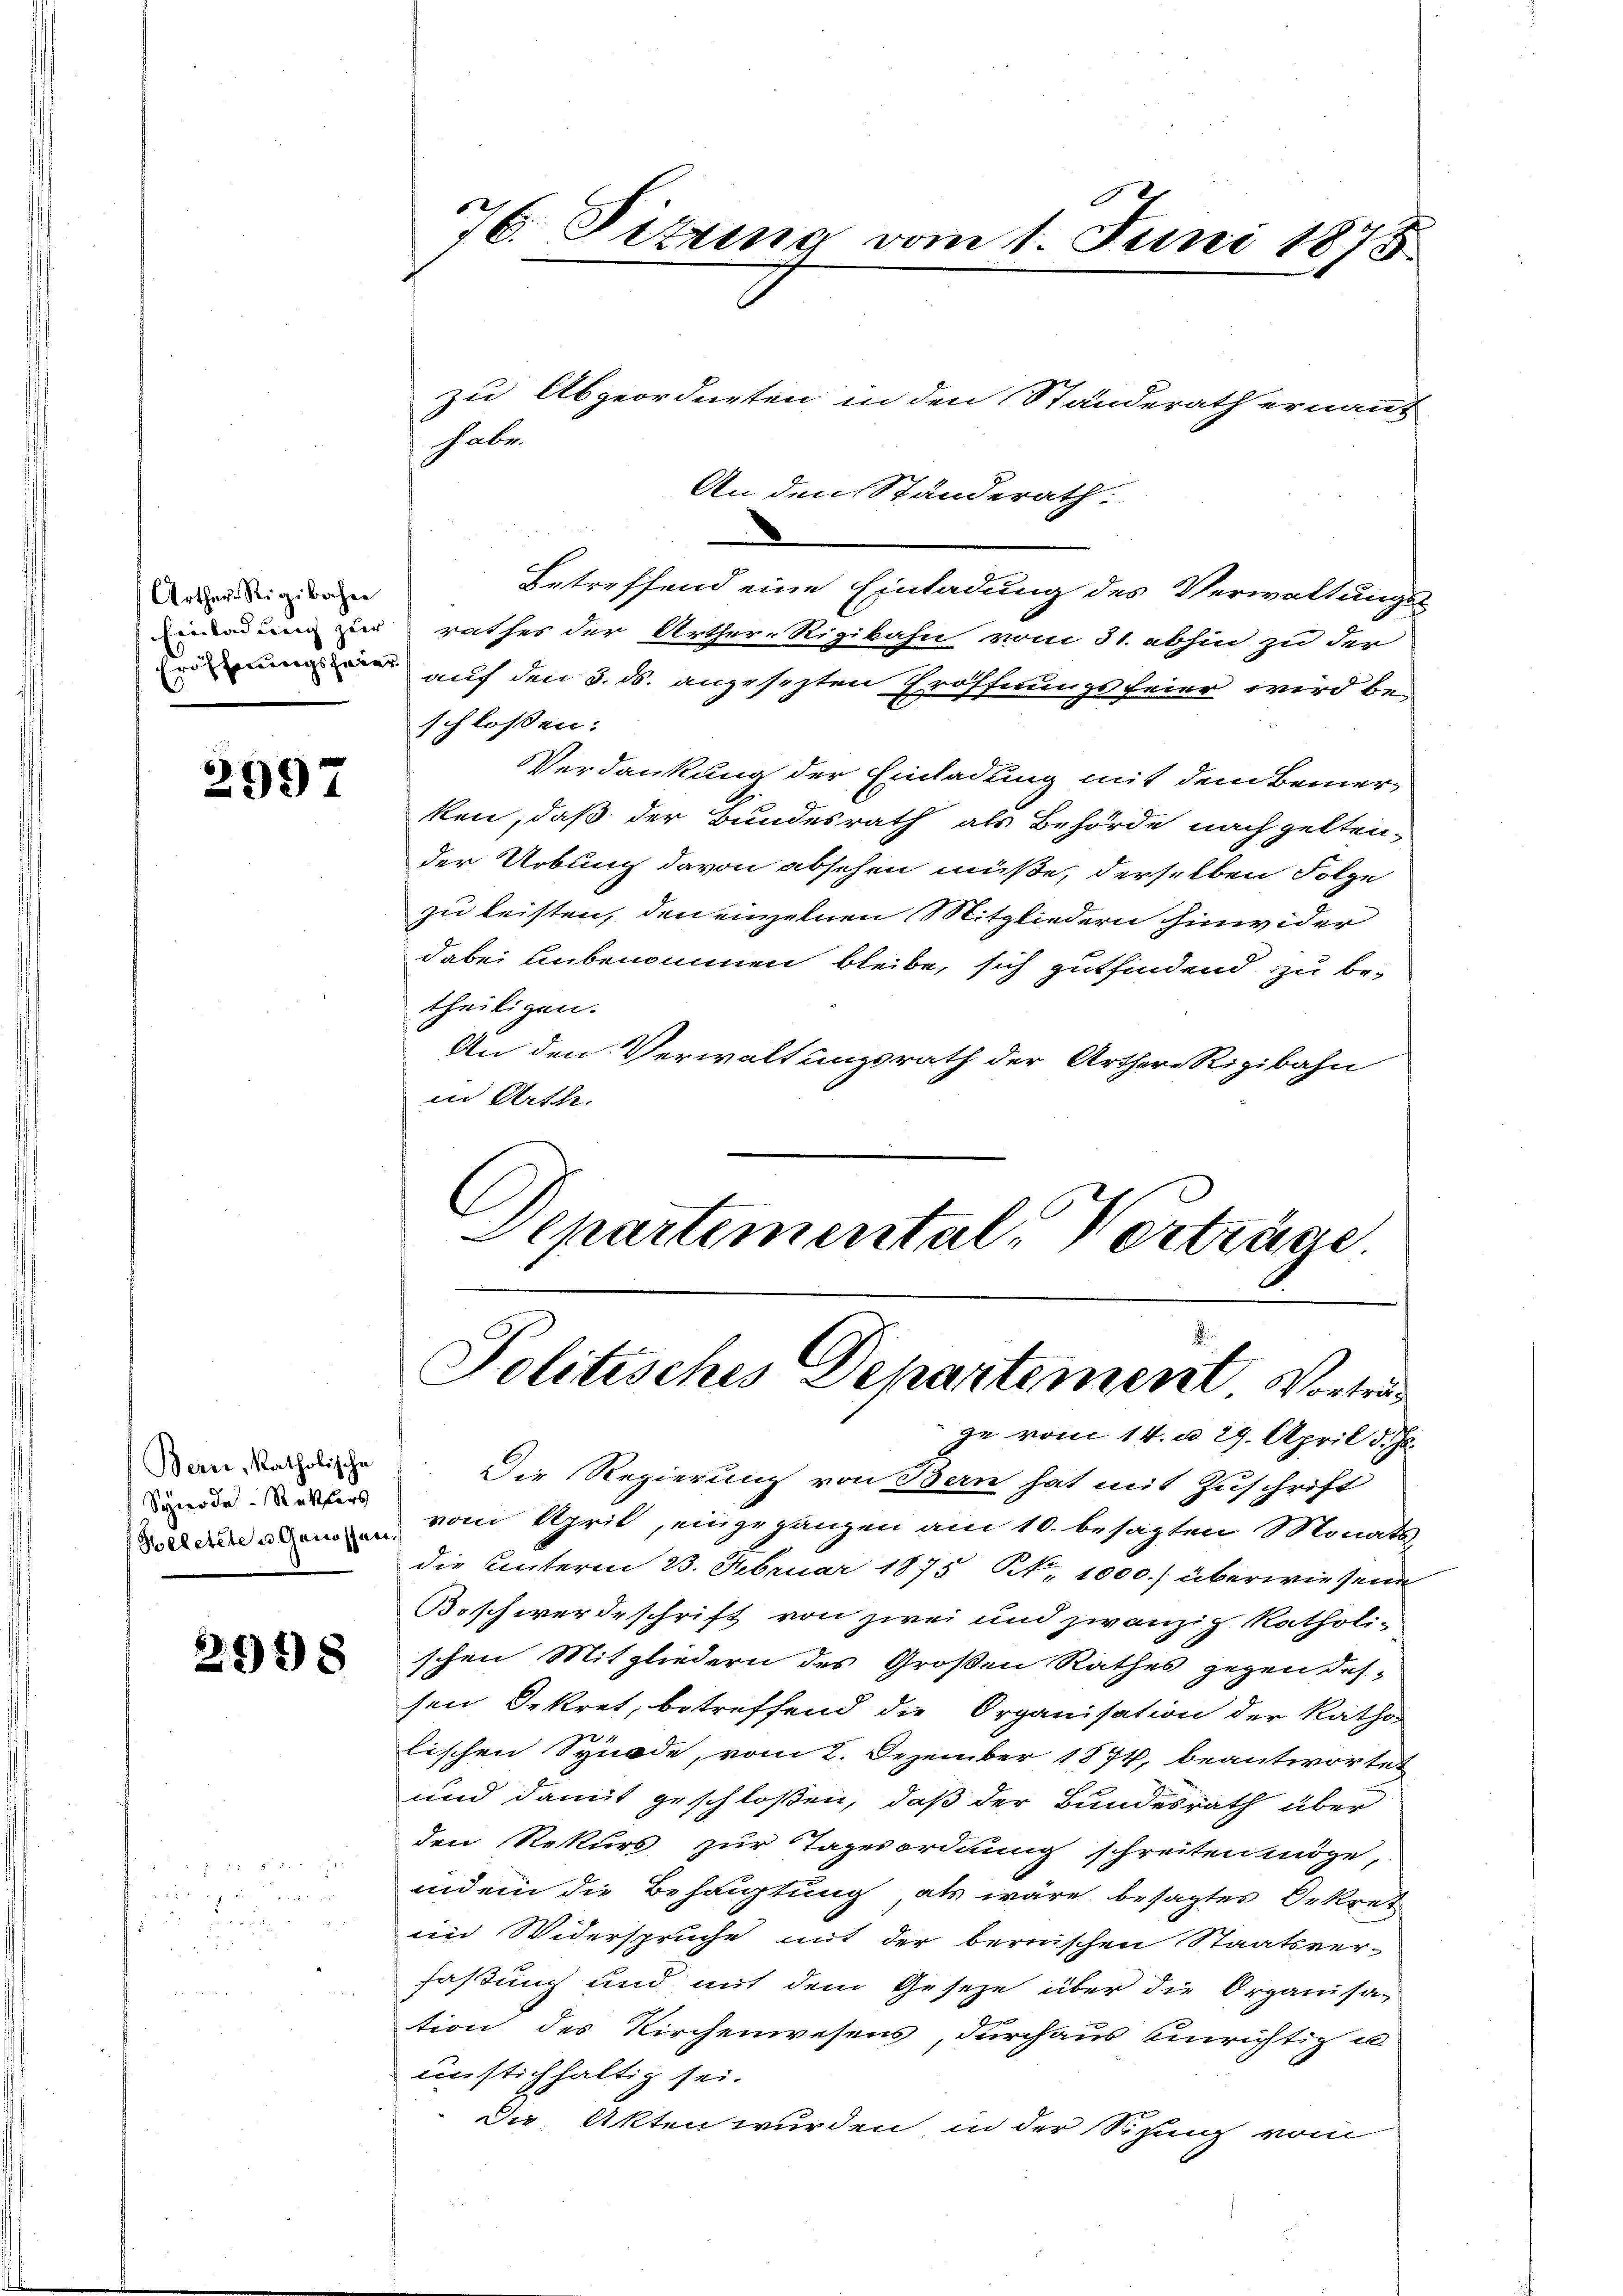
Arther Rigibaher

2997

Bern, katholische
Synode Rektors

2998

zu Abgeordneten in den Standerath ernannt
An den Standerath.
Betreffend eine Einladung des Verwaltungs-
idderen zu rathes der Arther-Rigibahn vom 31. abhin zu der
Leiung auf den 3. ds. angesezten Eröffnungsfeier wird be-
schlossen:
Verdankung der Einladung mit dem Bemerken, daß der Bundesrath als Behörde nach gelten-
der Uebung davon absehen müße, derselben Folge
zu leisten, den einzelnen Mitgliedern hinwider
dabei unbenommen bleibe, sich gutfindend zu be-
theiligen.
An den Verwaltungsrath der Arthere Rigibahn
in Arthe
Departemental Verträge

7. Pitung vom 1. Juni 1878

habe.

Politisches Departement. Vortrag

ge vom 14. d. 29. April d. Js.
Die Regierung von Bern hat mit Zuschrift
Vollen alemen vom April, eingegangen am 10. besagten Monats
die Unterm 23. Februar 1875 N. 1000.) überwiesene
Boschwerdeschrift von zwei und zwanzig katholi-
schen Mitgliedern des Großen Rathes gegen das-
sen Dekret, betreffend die Organisation der Katho
lischen Synode, vom 2. Dezember 1874, beantwortet
und damit geschloßen, daß der Bundesrath über
den Rekurs zur Tagesordnung schreiten möge,
indem die Behauptung, als wäre besagtes Dekret
ein Widerspruche mit der bernischen Staatsver-
faßung und mit dem Geseze über die Organisa-
tion des Kirchenwesens, durchaus einrichtig u
einstichhaltig sei.
Die Akten wurden in der Sitzung vom